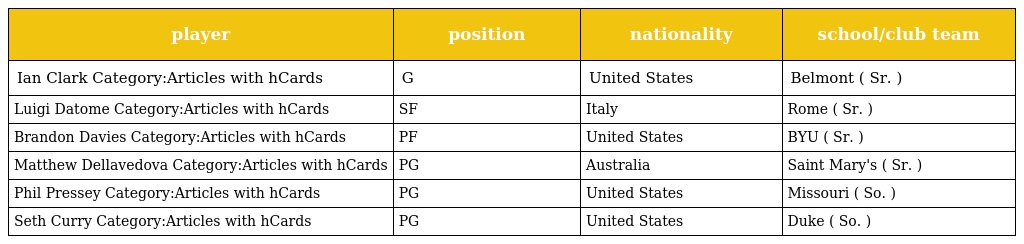
| player | position | nationality | school/club team |
 | --- | --- | --- | --- |
 | Ian Clark Category:Articles with hCards | G | United States | Belmont ( Sr. ) |
 | Luigi Datome Category:Articles with hCards | SF | Italy | Rome ( Sr. ) |
 | Brandon Davies Category:Articles with hCards | PF | United States | BYU ( Sr. ) |
 | Matthew Dellavedova Category:Articles with hCards | PG | Australia | Saint Mary's ( Sr. ) |
 | Phil Pressey Category:Articles with hCards | PG | United States | Missouri ( So. ) |
 | Seth Curry Category:Articles with hCards | PG | United States | Duke ( So. ) |